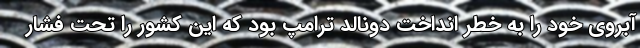
آبروی خود را به خطر انداخت دونالد ترامپ بود که این کشور را تحت فشار